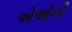
એઓની